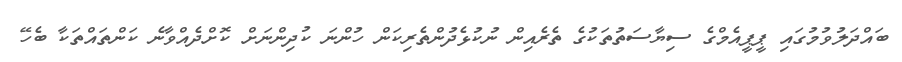
ބައްދަލުވުމުގައި ޕީޕީއެމްގެ ސިޔާސަތުތަކުގެ ތެރެއިން ނުކުޅެދުންތެރިކަން ހުންނަ ކުދިންނަށް ކޮށްދެއްވާނެ ކަންތައްތަކާ ބެހޭ